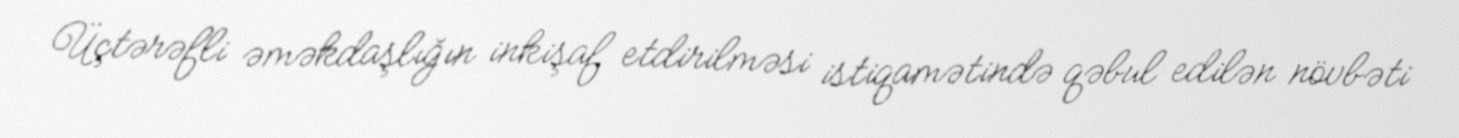
Üçtərəfli əməkdaşlığın inkişaf etdirilməsi istiqamətində qəbul edilən növbəti